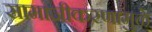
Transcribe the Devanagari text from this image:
सामाजीकरणामुळे